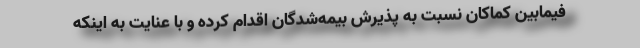
فیمابین کماکان نسبت به پذیرش بیمه‌شدگان اقدام کرده و با عنایت به اینکه